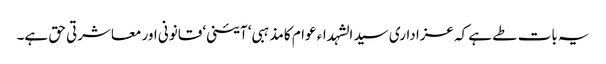
یہ بات طے ہے کہ عزاداری سید الشہداء عوام کامذہبی‘ آئینی‘ قانونی اور معاشرتی حق ہے۔